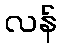
လန်